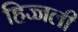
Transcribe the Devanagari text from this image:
हिज्जली